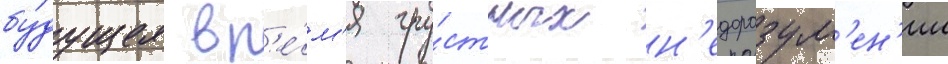
бу́дущее вр'е́м'я гру́стных н'едоразум'ен'ии